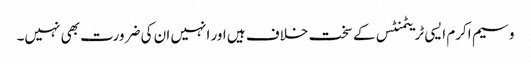
وسیم اکرم ایسی ٹریٹمنٹس کے سخت خلاف ہیں اور انہیں ان کی ضرورت بھی نہیں۔